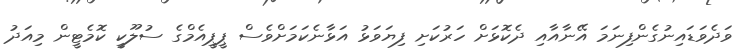
ވަދެވަޑައިނުގެންފިނަމަ އޭނާއާއި ދެކޮޅަށް ހަރުކަށި ފިޔަވަޅު އަޅާނެކަމަށްވެސް ޕީޕީއެމްގެ ސުލޫކީ ކޮމެޓީން މިއަދު